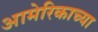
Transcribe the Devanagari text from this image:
आमेरिकाच्या